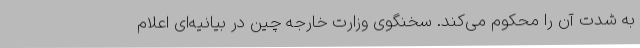
به شدت آن را محکوم می‌کند. سخنگوی وزارت خارجه چین در بیانیه‌ای اعلام